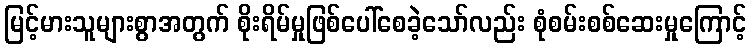
မြင့်မားသူများစွာအတွက် စိုးရိမ်မှုဖြစ်ပေါ်စေခဲ့သော်လည်း စုံစမ်းစစ်ဆေးမှုကြောင့်